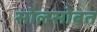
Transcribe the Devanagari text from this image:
सोलसोबत